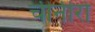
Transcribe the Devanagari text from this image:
चीनीरो